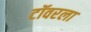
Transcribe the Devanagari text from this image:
टॉवरला